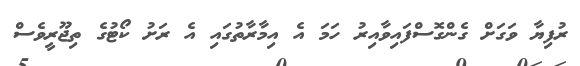
ރުފިޔާ ވަގަށް ގެންގޮސްފައިިވާއިރު ހަމަ އެ އިމާރާތުގައި އެ ރަށު ކޯޓުގެ ތިޖޫރީވެސް